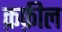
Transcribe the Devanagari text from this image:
क़फ़ील